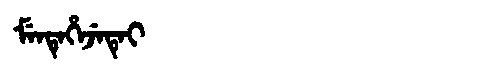
Manchu: ᠮᡝᠨᡨᡝᡥᡝᠵᡝᡨᡝᡳ
Romanization: MENTEHEJETEI